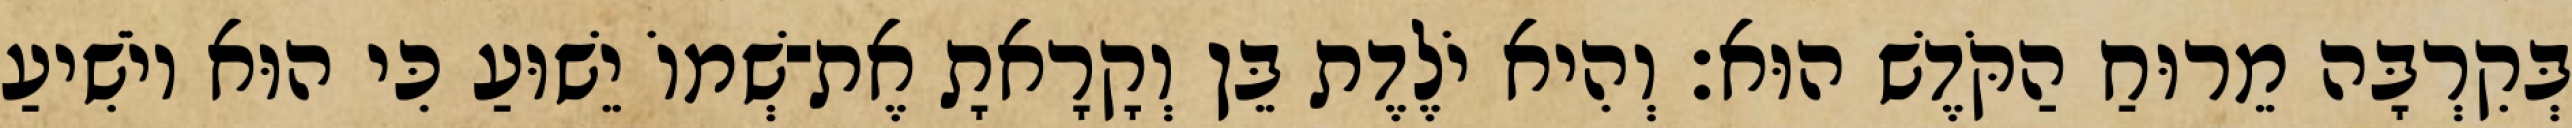
בְּקִרְבָּה מֵרוּחַ הַקֹּדֶשׁ הוּא׃ וְהִיא יֹלֶדֶת בֵּן וְקָרָאתָ אֶת־שְׁמוֹ יֵשׁוּעַ כִּי הוּא יוֹשִׁיעַ